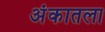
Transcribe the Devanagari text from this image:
अंकातला